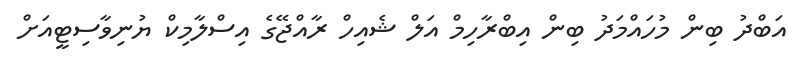
އަބްދު ބިން މުހައްމަދު ބިން އިބްރާހިމް އަލް ޝެއިހް ރާއްޖޭގެ އިސްލާމިކް ޔުނިވާސިޓީއަށް